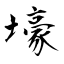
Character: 壕